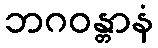
ဘဂဝန္တာနံ